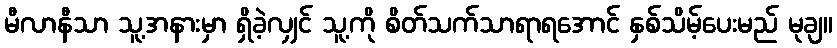
မီလာနီသာ သူ့အနားမှာ ရှိခဲ့လျှင် သူ့ကို စိတ်သက်သာရာရအောင် နှစ်သိမ့်ပေးမည် မုချ။